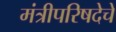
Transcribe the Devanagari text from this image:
मंत्रीपरिषदेचे